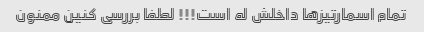
تمام اسمارتیزها داخلش له است!!! لطفا بررسی کنین ممنون